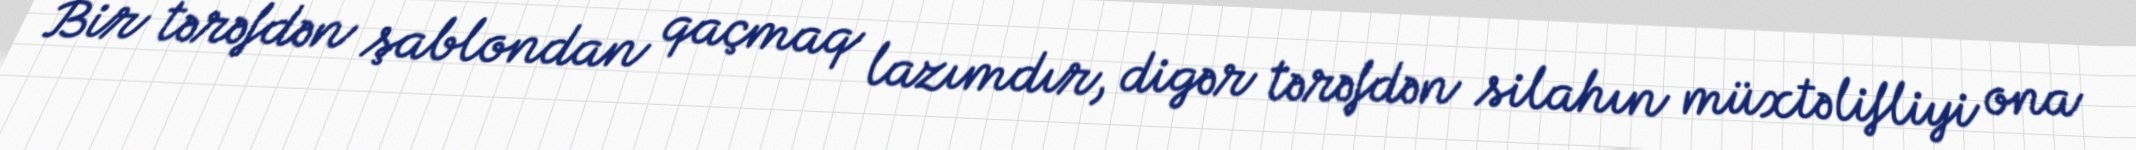
Bir tərəfdən şablondan qaçmaq lazımdır, digər tərəfdən silahın müxtəlifliyi ona